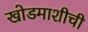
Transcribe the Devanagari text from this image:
खोडमाशीची